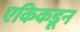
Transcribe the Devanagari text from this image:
एकिकडून